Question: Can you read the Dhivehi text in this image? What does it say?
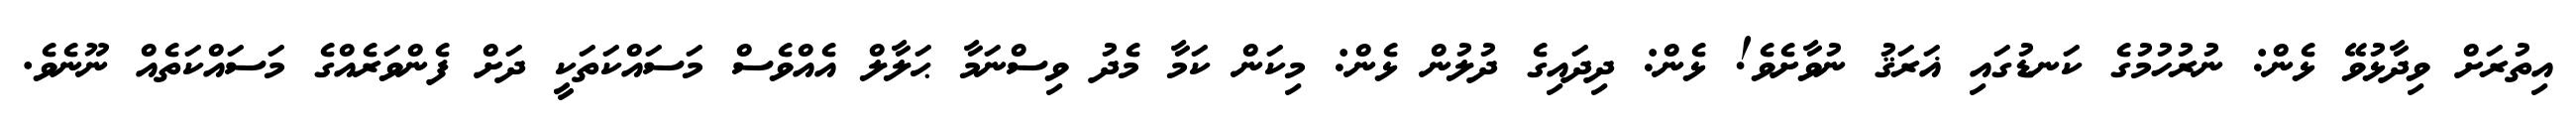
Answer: އިތުރަށް ވިދާޅުވޭ ޅެން: ނުރުހުމުގެ ކަނޑުގައި ޣަރަޤު ނުވާށެވެ! ޅެން: ދިދައިގެ ދުލުން ޅެން: މިކަން ކަމާ މެދު ވިސްނަމާ ޙަލާލް އެއްވެސް މަސައްކަތަކީ ދަށް ފެންވަރެއްގެ މަސައްކަތެއް ނޫނެވެ.